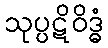
သုပ္ပဋိဝိဒ္ဓံ